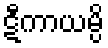
ဋီကာယမ္ပိ